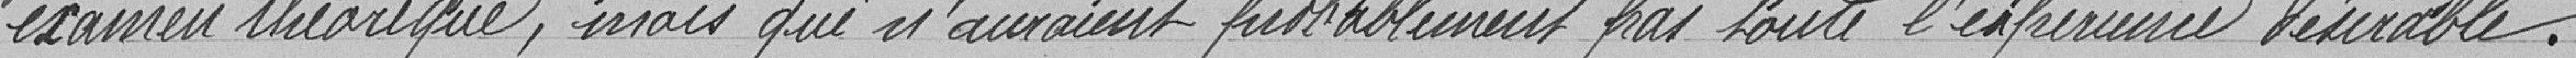
examen technique, mais qui n'auraient probablement pas toute l'expérience désirable.